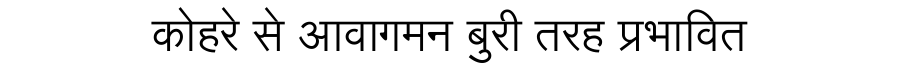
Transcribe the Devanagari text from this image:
कोहरे से आवागमन बुरी तरह प्रभावित